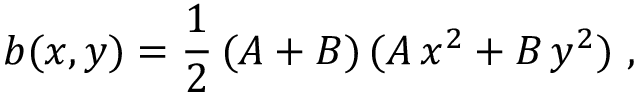
b ( x , y ) = \frac 1 2 \, ( A + B ) \, ( A \, x ^ { 2 } + B \, y ^ { 2 } ) \ ,